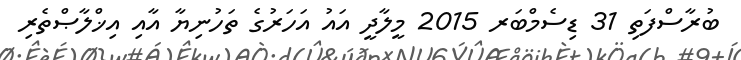
ބުރާސްފަތި 31 ޑިސެމްބަރ 2015 މީލާދީ އައު އަހަރުގެ ތަހުނިޔާ އާއި އިޚްލާޞްތެރި